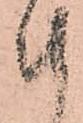
計